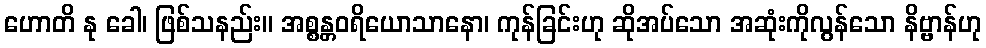
ဟောတိ နု ခေါ၊ ဖြစ်သနည်း။ အစ္စန္တဝရိယောသာနော၊ ကုန်ခြင်းဟု ဆိုအပ်သော အဆုံးကိုလွန်သော နိဗ္ဗာန်ဟု